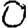
Digit: 0